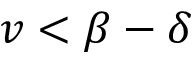
v < \beta - \delta